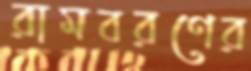
রামবরণের